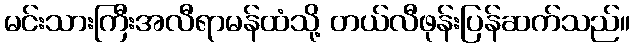
မင်းသားကြီးအလီရာမန်ထံသို့ တယ်လီဖုန်းပြန်ဆက်သည်။